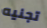
تجنيه